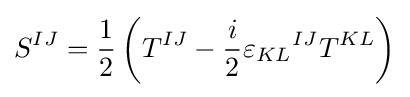
S^{IJ}={1 \over 2}\left(T^{IJ}-{i \over 2}{\varepsilon _{KL}}^{IJ}T^{KL}\right)